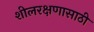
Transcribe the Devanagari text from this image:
शीलरक्षणासाठी